NAE_ERA_R-2362_Emakeele_Selts, lk 91
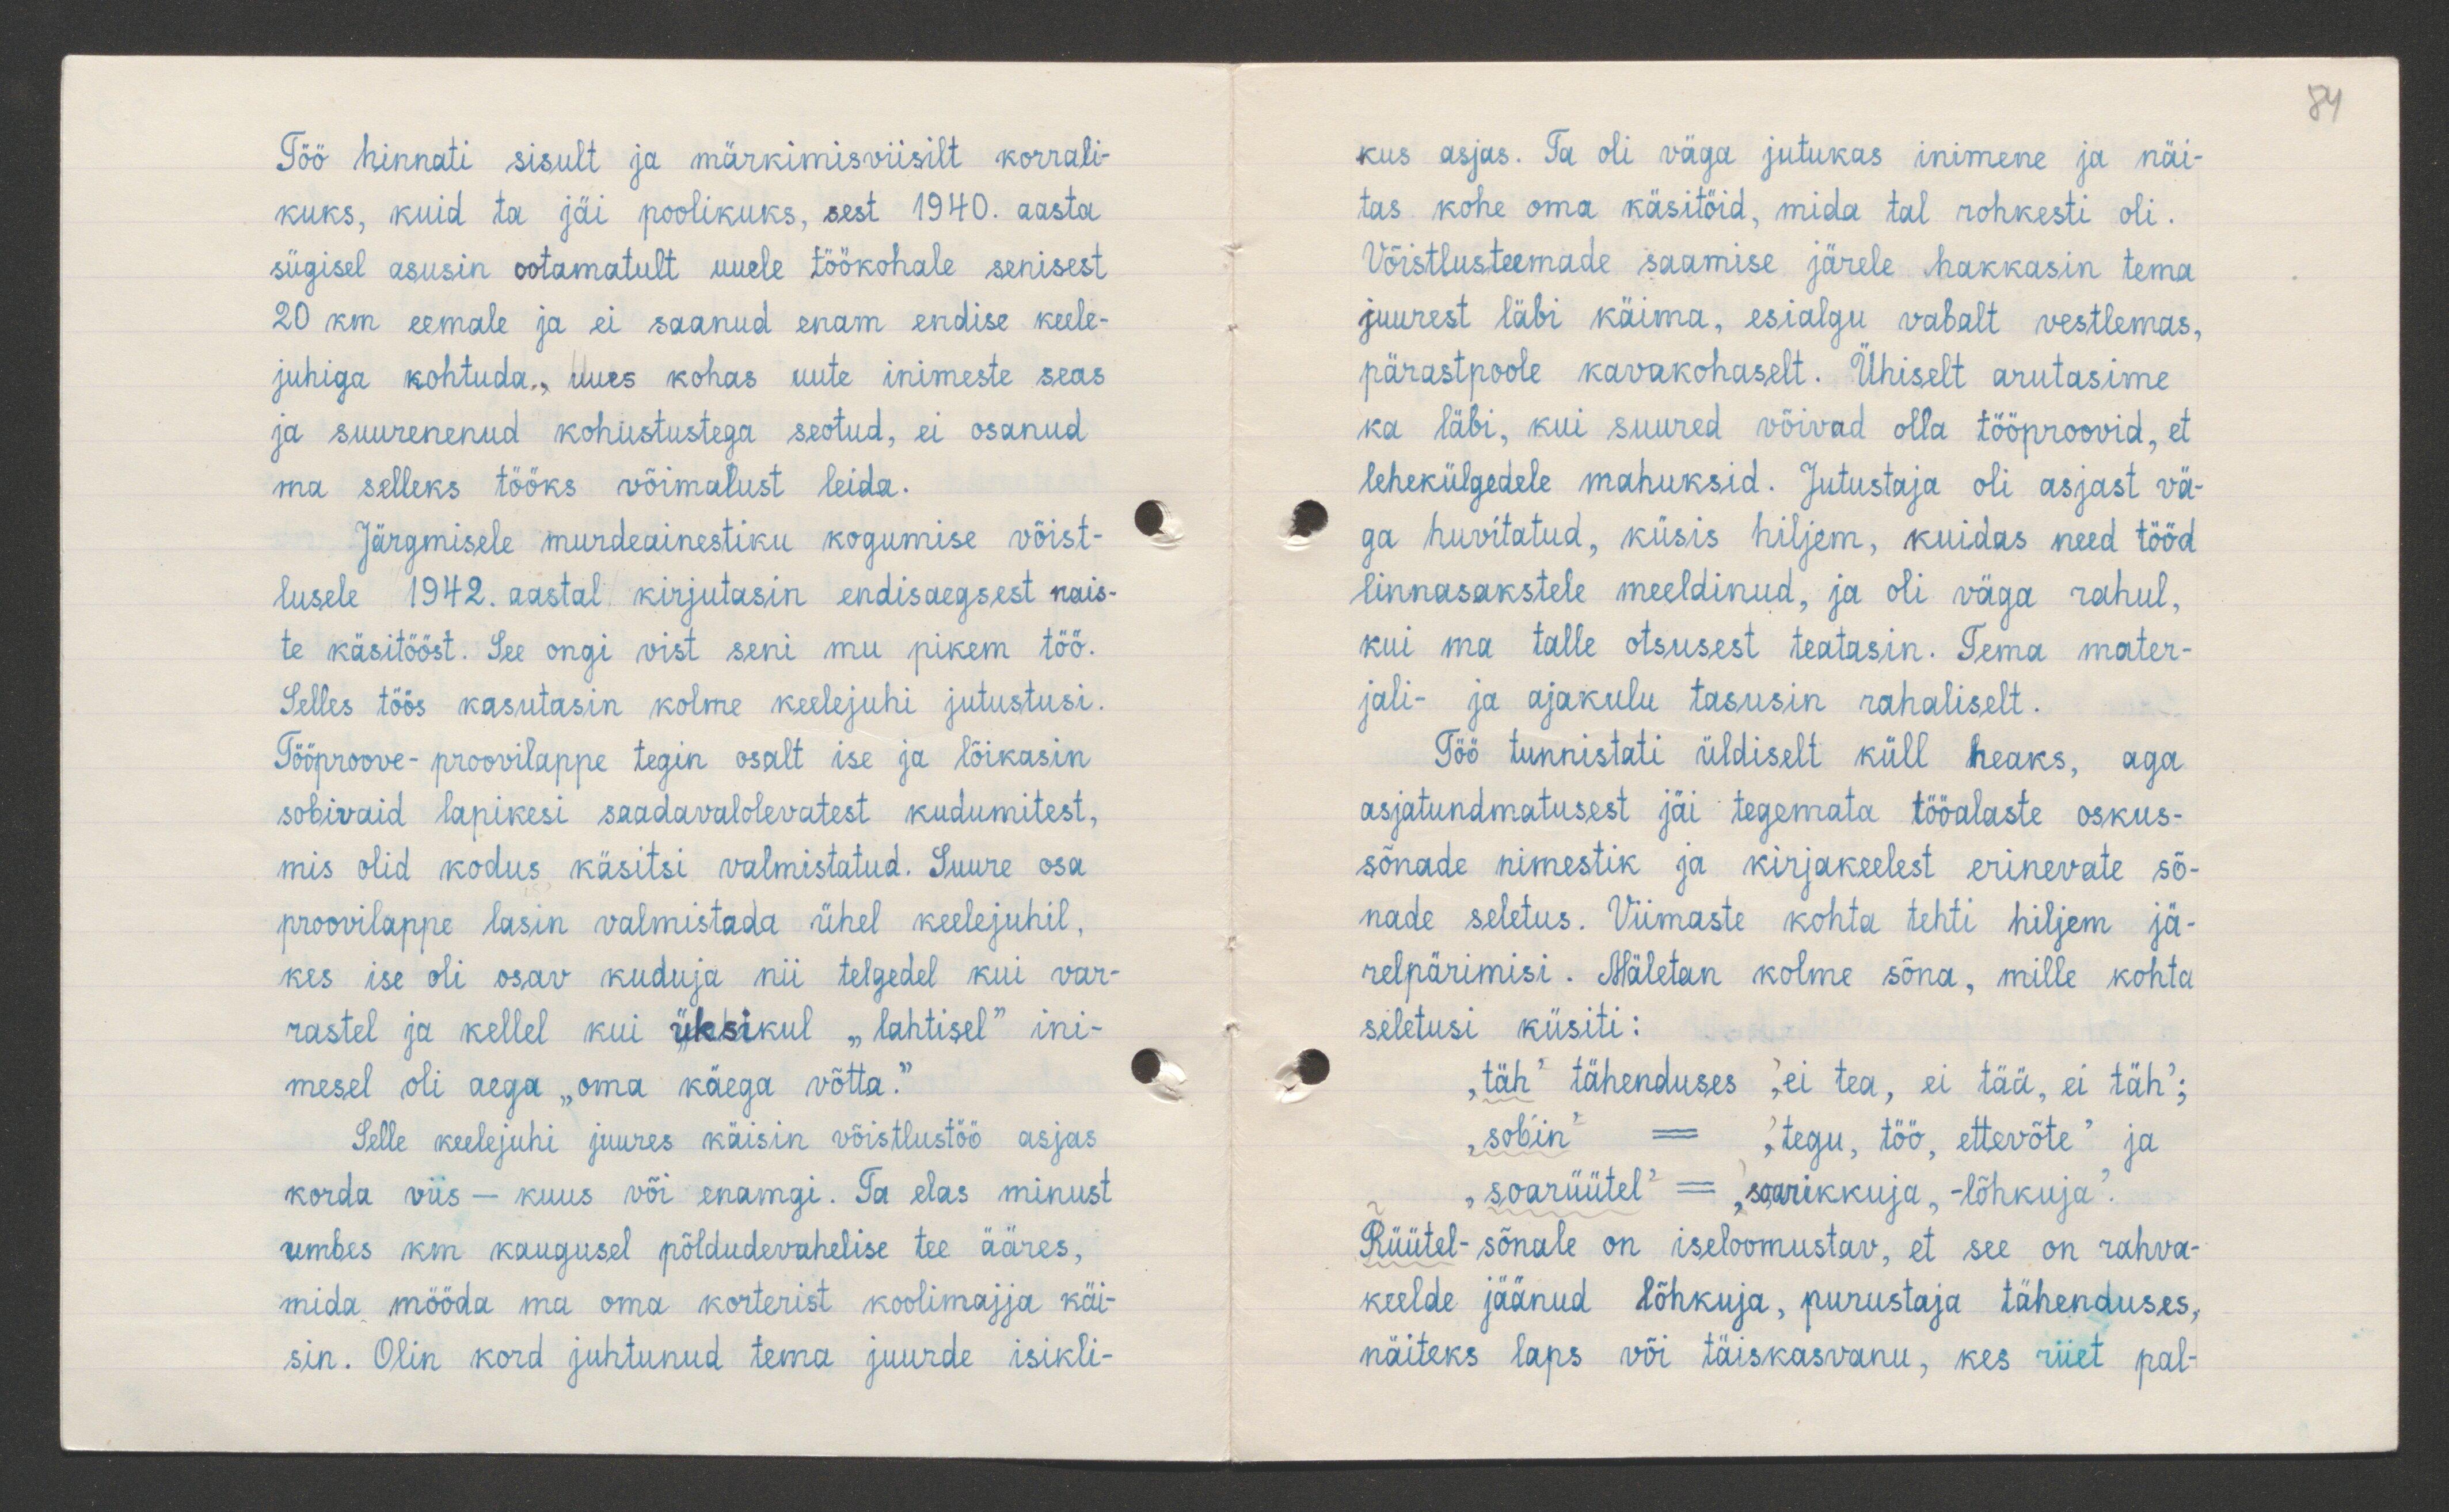
84

Töö hinnati sisult ja märkimisviisilt korrali-
kuks, kuid ta jäi poolikuks, sest 1940. aasta
sügisel asusin ootamatult uuele töökohale senisest
20 km eemale ja ei saanud enam endise keele-
juhiga kohtuda, uues kohas uute inimeste seas
ja suurenenud kohustustega seotud, ei osanud
ma selleks tööks võimalust leida.
Järgmisele murdeainestiku kogumise võist-
lusele 1942. aastal kirjutasin endisaegsest nais-
te käsitööst. See ongi vist seni mu pikem töö.
Selles töös kasutasin kolme keelejuhi jutustusi.
Tööproove-proovilappe tegin osalt ise ja lõikasin
sobivaid lapikesi saadavalolevatest kudumitest,
mis olid kodus käsitsi valmistatud. Suure osa
proovilappe lasin valmistada ühel keelejuhil,
kes ise oli osav kuduja nii telgedel kui var-
rastel ja kellel kui üksikul "lahtisel" ini-
mesel oli aega "oma käega võtta."
Selle keelejuhi juures käisin võistlustöö asjas
korda viis - kuus või enamgi. Ta elas minust
umbes km kaugusel põldudevahelise tee ääres,
mida mööda ma oma korterist koolimajja käi-
sin. Olin kord juhtunud tema juurde isikli-

kus asjas. Ta oli väga jutukas inimene ja näi-
tas kohe oma käsitöid, mida tal rohkesti oli.
Võistlusteemade saamise järele hakkasin tema
juurest läbi käima, esialgu vabalt vestlemas,
pärastpoole kavakohaselt. Ühiselt arutasime
ka läbi, kui suured võivad olla tööproovid, et
lehekülgedele mahuksid. Jutustaja oli asjast vä-
ga huvitatud, küsis hiljem, kuidas need tööd
linnasakstele meeldinud, ja oli väga rahul,
kui ma talle otsusest teatasin. Tema mater-
jali- ja ajakulu tasusin rahaliselt.
Töö tunnistati üldiselt küll heaks, aga
asjatundmatusest jäi tegemata tööalaste oskus-
sõnade nimestik ja kirjakeelest erinevate sõ-
nade seletus. Viimaste kohta tehti hiljem jä-
relpärimisi. Mäletan kolme sõna, mille kohta
seletusi küsiti:
„täh" tähenduses "ei tea, et tää, ei täh´;
"sobin" - "tegu, töö, ettevõte" ja
„soarüütel" - "soarikkuja, - lõhkuja".
Rüütel-sõnale on iseloomustav, et see on rahva-
keelde jäänud lõhkuja, purustaja tähenduses,
näiteks laps või täiskasvanu, kes riiet pal-